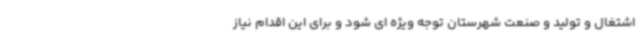
اشتغال و تولید و صنعت شهرستان توجه ویژه ای شود و برای این اقدام نیاز